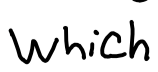
Text: which
Cross-out: clean
Writing tool: digital_black